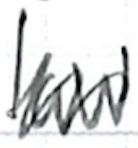
Text: law
Cross-out: zig-zag
Writing tool: ballpoint